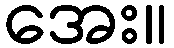
အေး။